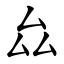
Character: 厽